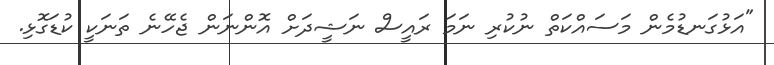
"އަޅުގަނޑުމެން މަސައްކަތް ނުކުރި ނަމަ ރައީސް ނަޝީދަށް އޮންނަން ޖެހޭނެ ތަނަކީ ކުޑަގޮޅި.